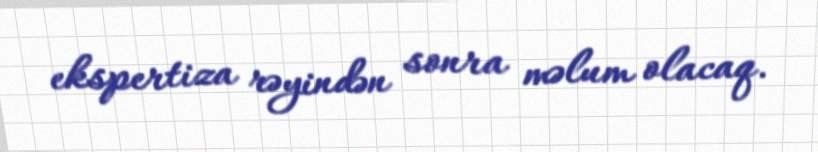
ekspertiza rəyindən sonra məlum olacaq.